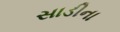
સાડીના